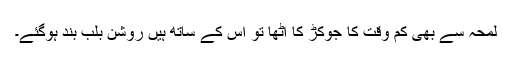
لمحہ سے بھی کم وقت کا جوکڑ کا اٹھا تو اس کے ساتھ ہیں روشن بلب بند ہوگئے۔